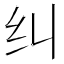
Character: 纠